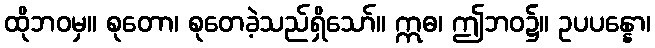
ထိုဘဝမှ။ စုတော၊ စုတေခဲ့သည်ရှိသော်။ ဣဓ၊ ဤဘဝ၌။ ဥပပန္နော၊